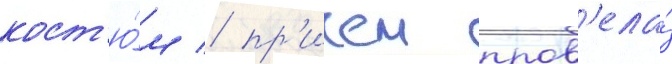
кост'ю́м / пр'ичем пров'ела́